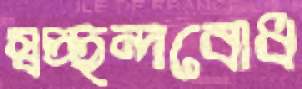
স্বচ্ছন্দবোধ